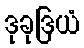
ဒုခုဒြယံ